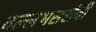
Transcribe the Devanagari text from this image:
वल्लभसरांची